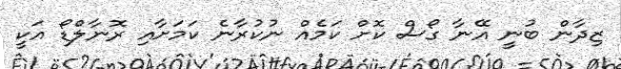
ޒިދާން ބުނީ އޭނާ ގޯސް ކޮށް ކަމެއް ނުކުރާނެ ކަމަށާއި ރޮނާލްޑޯ އަކީ